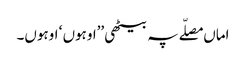
اماں مصلّے پہ بیٹھی ’’اوہوں ‘ اوہوں۔